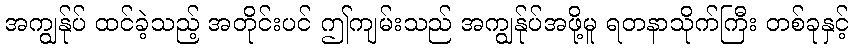
အကျွန်ုပ် ထင်ခဲ့သည့် အတိုင်းပင် ဤကျမ်းသည် အကျွန်ုပ်အဖို့မူ ရတနာသိုက်ကြီး တစ်ခုနှင့်